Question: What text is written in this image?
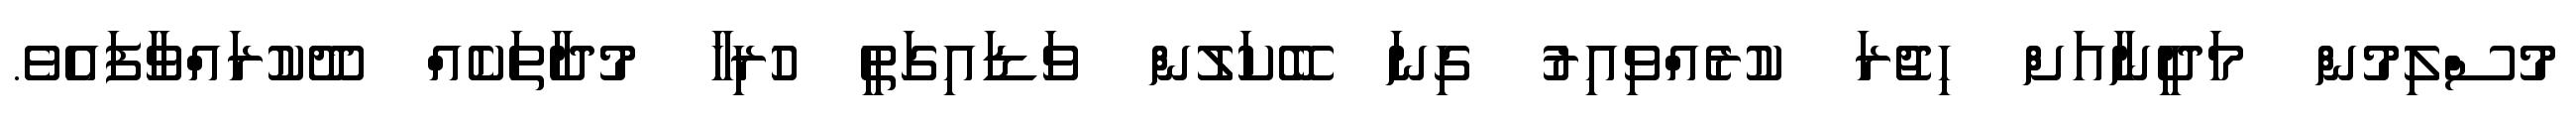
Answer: މުސްލިމުން މަދީނާއަށް ހިޖުރަ ކުރެއްވިއިރު ގިނަ ބޭކަލުން ވަޑައިގަތީ ހުރިހާ މުދާތަކެއް ދޫކުރައްވާފައެވެ.